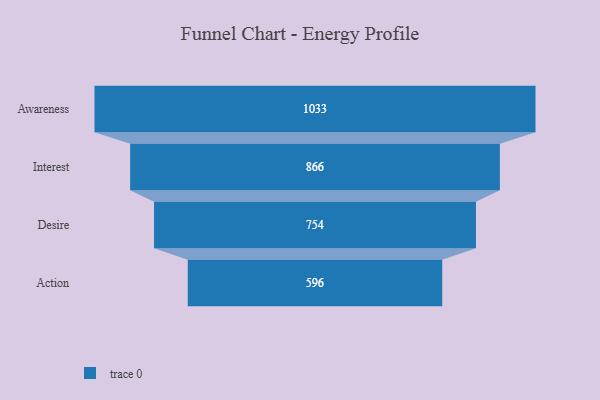
{"axis": {"x": "Stage", "y": "Value"}, "legend": [""], "data": [{"x": "Awareness", "y": 1033.0, "type": ""}, {"x": "Interest", "y": 866.0, "type": ""}, {"x": "Desire", "y": 754.0, "type": ""}, {"x": "Action", "y": 596.0, "type": ""}]}